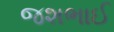
જશભાઈ